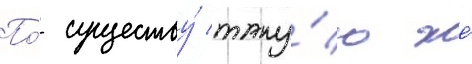
По́ существу́ таку́ю же́